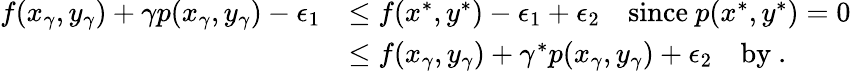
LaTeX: \begin{array}{rl}{f(x_{\gamma},y_{\gamma})+\gamma p(x_{\gamma},y_{\gamma})-\epsilon_{1}}&{\leq f(x^{*},y^{*})-\epsilon_{1}+\epsilon_{2}\quad\mathrm{since~}p(x^{*},y^{*})=0}\\ &{\leq f(x_{\gamma},y_{\gamma})+\gamma^{*}p(x_{\gamma},y_{\gamma})+\epsilon_{2}\quad\mathrm{by~.}}\end{array}